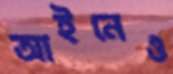
আইনেও